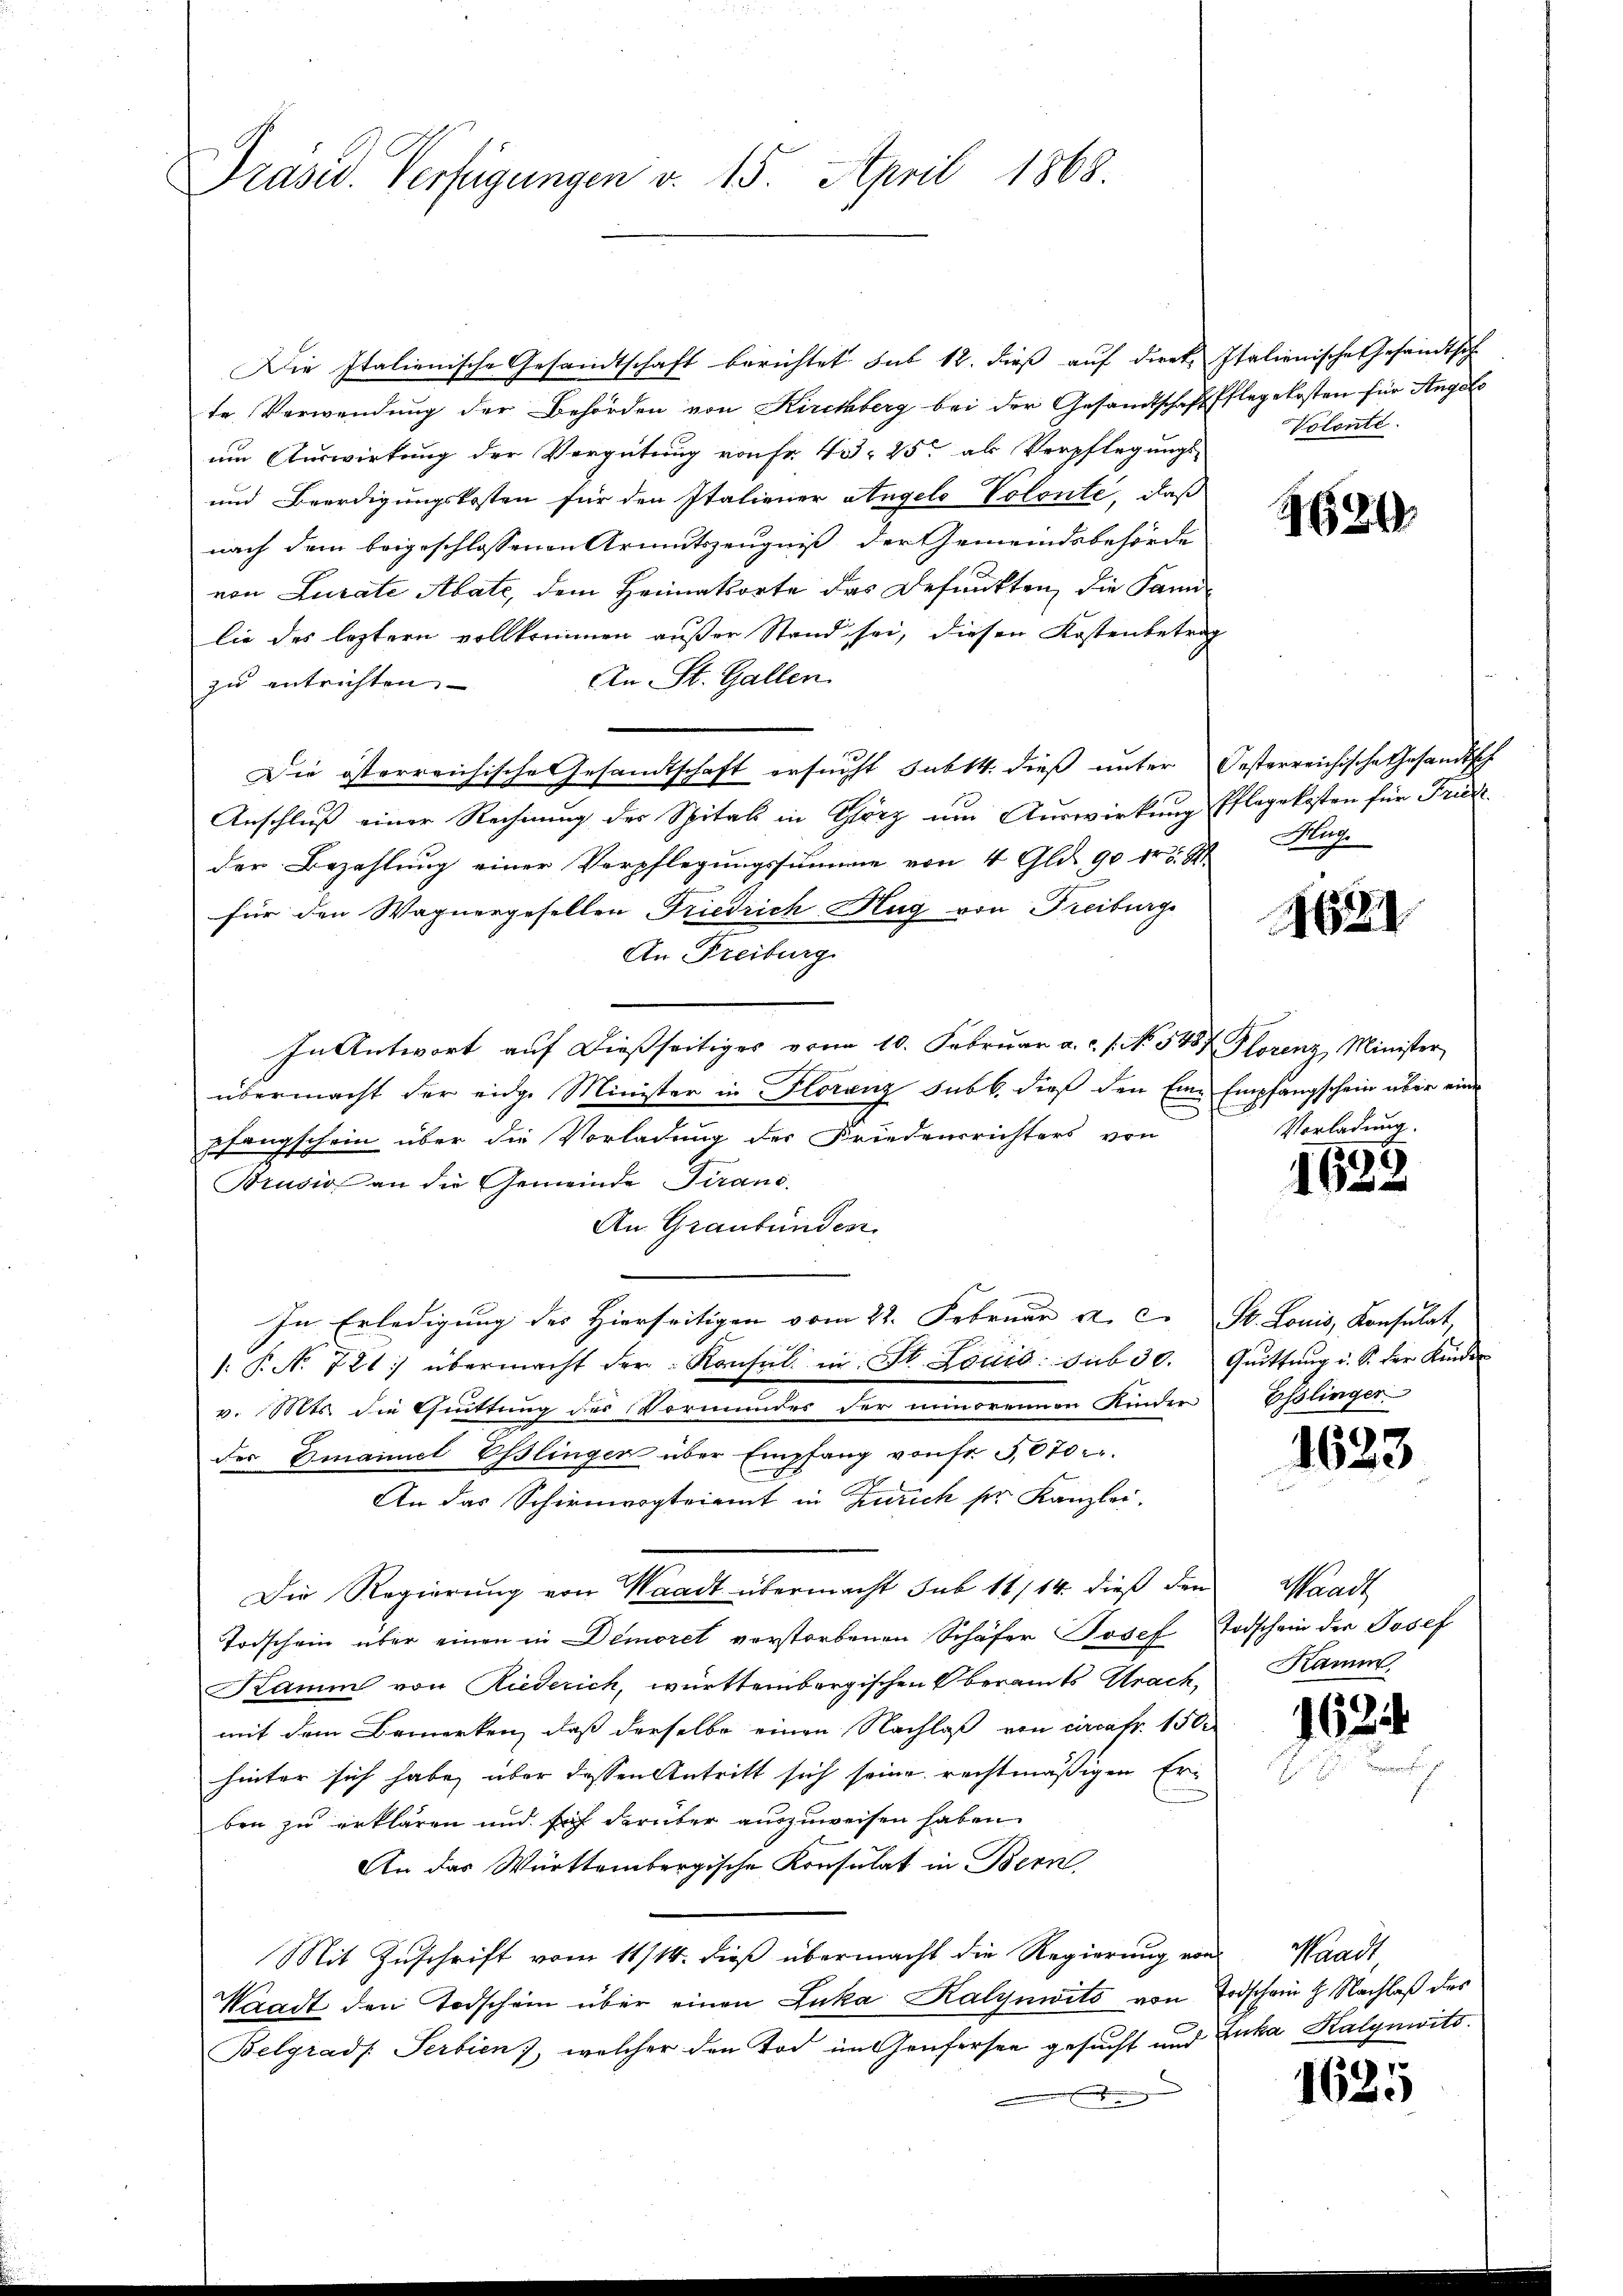
Präsid. Verfügungen v. 15. April 1868.

Die Italienische Gesandtschaft berichtet sub 12. dieß auf direk Italienische Gesandtsch
te Verwendung der Behörden von Kirchberg bei der Gesandtschaft Pflegekosten für Angelo
um Auswirkung der Vergütung von Fr. 40. 25. als Verpflegungs-
und Beerdigungskosten für den Italiener Angels Volonte, daß
nach dem beigeschlossenen Armutszeugniß der Gemeindsbehörde
von Lurate Abate, dem Heimatsorte des Befunkten, die Familie des leztern vollkommen außer Stand sei, diesen Kostenbetrag
An St. Gallen
zu entrichten.
Die österreichische Gesandtschaft ersucht subst. dieß unter Oesterreichische Gesandtsch
Anschluß einer Rechnung des Spitals in Görz um Auswirkung Pflegekosten für Friede
der Bezahlung einer Verpflegungssumme von 4 Gld. 90 fr 5 St
für den Wagnergesellen Friedrich Hug von Freiburge
An Freiburg.
In Antwort auf dießseitiges von 10. Februar a.c. s. No. 548 Florenz, Minister
übermacht der eidge Minister in Florenz Subk. dieß den Eine Empfangschein über eine
pfangschein über die Vorladung der Friedensrichters von
Brusion an die Gemeinde Tiranc
An Graubünden
In Erledigung des Hierseitigen vom 22. Februar a. c. St. Louis, Konsulat,
1: P. N. 721: übermacht der Konsul in St. Louis sub 30. Quittung u. S. der Kinder
v. Mts. die Quittung des Vormundes der minorennen Kinder Esslinger
der Emanuel Eßlingen über Empfang von fr. 5070
An das Schirmergteiamt in Zürich ser Kanzlei.
Die Regierung von Waadt übermacht sub 11/14. dieß den
Todschein über einen in Demoret verstorbenen Schäfer Josef Todschein der Josef
Kamm von Riederich, württembergischen Oberamts Urach,
mit dem Bemerken, daß derselbe einen Nachlaß von circafr. 150
hinter sich habe, über dessen Antritt sich seine rechtmäßigen Erben zu erklären und sich darüber auszuweisen haben.
An das Württembergische Konsulat in Bern,
Mit Zuschrift vom 11/14. dieß übermacht die Regierung von Waadt,
Waadt den Todschein über einen Luka Kalynwits von Todschein 9 Nachlaß des
Belgrad Serbien), welcher den Tod im Genfersee gesucht und Luka Kalynwits

Volonté.

129

Aup

1621

Vorladung.

1633

1623

Waadt
Kamm

1624

1625